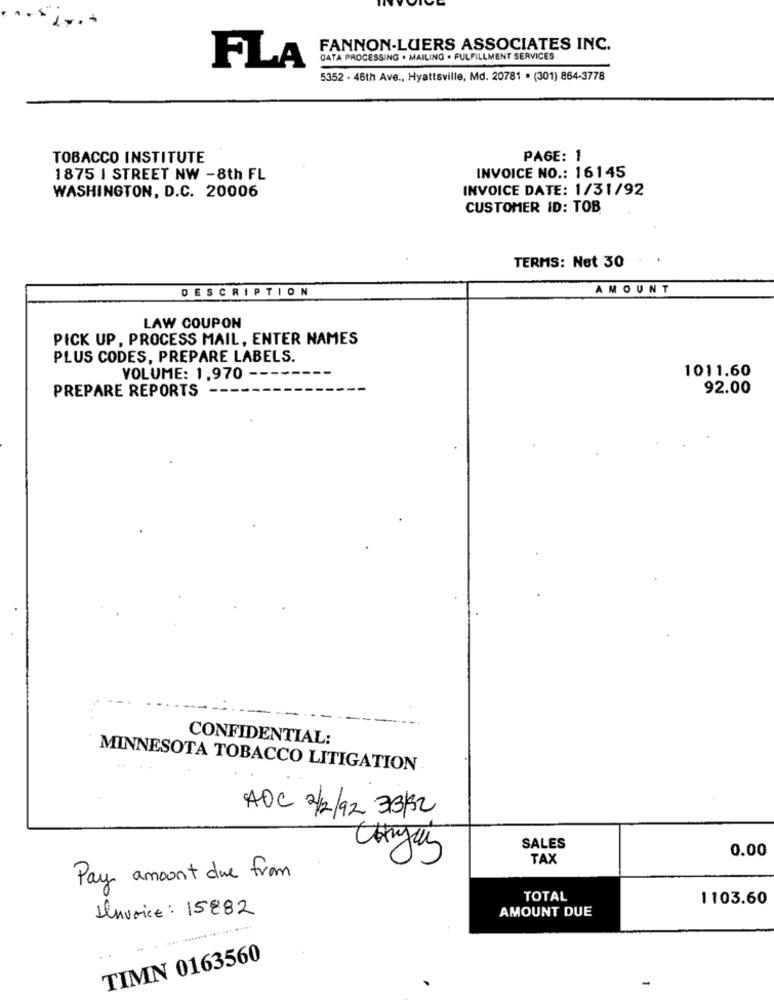
FANNON-LUERS ASSOCIATES INC.
CATA PROCESSING . MAILING . FULFILLMENT SERVICES
FLA
5352 - 46th Ave ., Hyattsville, Md. 20781 . (301) 864-3778
TOBACCO INSTITUTE
PAGE: 1
INVOICE NO .: 16145
1875 I STREET NW -8th FL
WASHINGTON, D.C. 20006
INVOICE DATE: 1/31/92
CUSTOMER ID: TOB
TERMS: Net 30
DESCRIPTION
AMOUNT
LAW COUPON
PICK UP, PROCESS MAIL, ENTER NAMES
PLUS CODES, PREPARE LABELS.
1011.60
VOLUME: 1,970
92.00
PREPARE REPORTS
CONFIDENTIAL:
MINNESOTA TOBACCO LITIGATION
AOC 2/2/92 3312
SALES
0.00
Chyany
TAX
Pay amount due from
TOTAL
1103.60
Invoice : 15882
AMOUNT DUE
TIMN 0163560